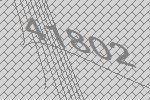
41802